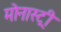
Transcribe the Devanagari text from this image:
मोनास्ट्री